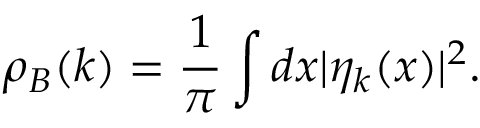
\rho _ { B } ( k ) = \frac { 1 } { \pi } \int d x | \eta _ { k } ( x ) | ^ { 2 } .